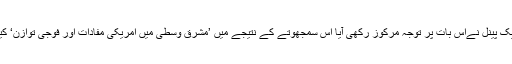
بدھ کو ماہرین کے ایک پینل نےاِس بات پر توجہ مرکوز رکھی آیا اِس سمجھوتے کے نتیجے میں ’مشرق وسطیٰ میں امریکی مفادات اور فوجی توازن‘ کیونکر متاثر ہوتا ہے۔